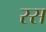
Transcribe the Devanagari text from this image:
स्स